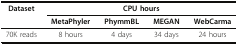
| Dataset | <COLSPAN=4> CPU hours |
 |  | MetaPhyler | PhymmBL | MEGAN | WebCarma |
 | --- | --- | --- | --- | --- |
 | 70K reads | 8 hours | 4 days | 34 days | 24 hours |